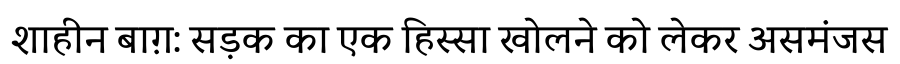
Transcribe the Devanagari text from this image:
शाहीन बाग़: सड़क का एक हिस्सा खोलने को लेकर असमंजस